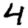
Digit: 4